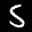
Label: 5